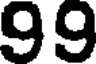
99